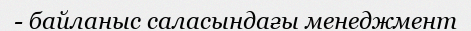
- байланыс саласындағы менеджмент